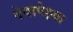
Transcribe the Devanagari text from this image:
देवापेक्ष्या